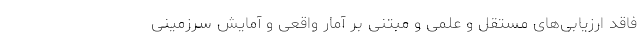
فاقد ارزیابی‌های مستقل و علمی و مبتنی بر آمار واقعی و آمایش سرزمینی